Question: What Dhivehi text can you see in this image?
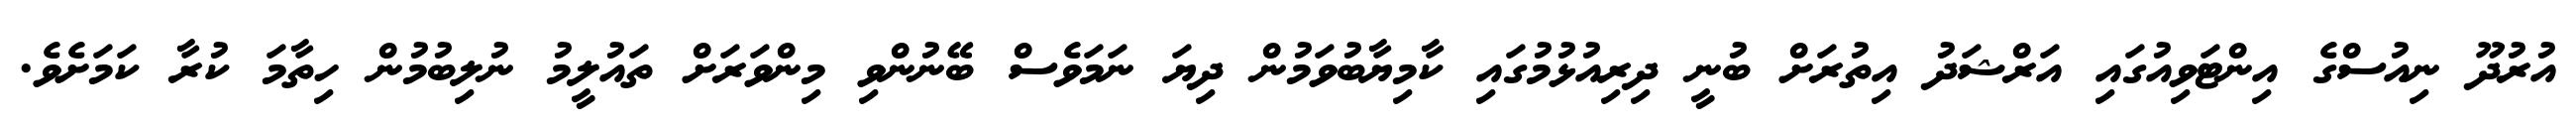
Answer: އުރުދޫ ނިއުސްގެ އިންޓަވިއުގައި އަރްޝަދު އިތުރަށް ބުނީ ދިރިއުޅުމުގައި ކާމިޔާބުވަމުން ދިޔަ ނަމަވެސް ބޭނުންވި މިންވަރަށް ތައުލީމު ނުލިބުމުން ހިތާމަ ކުރާ ކަމަށެވެ.